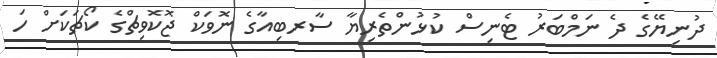
ދުނިޔޭގެ ދެ ނަމްބަރު ޓެނިސް ކުޅުންތެރިޔާ ސާރބިއާގެ ނޮވަކް ޖޮކޮވިޗްގެ ކޯޗަކަށް ހަ